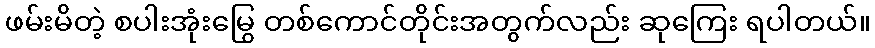
ဖမ်းမိတဲ့ စပါးအုံးမြွေ တစ်ကောင်တိုင်းအတွက်လည်း ဆုကြေး ရပါတယ်။